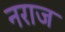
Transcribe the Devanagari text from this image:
नराज